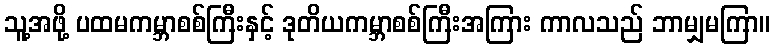
သူ့အဖို့ ပထမကမ္ဘာစစ်ကြီးနှင့် ဒုတိယကမ္ဘာစစ်ကြီးအကြား ကာလသည် ဘာမျှမကြာ။